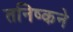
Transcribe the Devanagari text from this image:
तनिष्कने